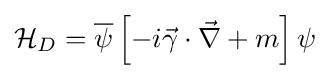
{\mathcal {H}}_{D}={\overline {\psi }}\left[-i{\vec {\gamma }}\cdot {\vec {\nabla }}+m\right]\psi